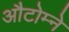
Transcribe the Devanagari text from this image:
औटोम्ने